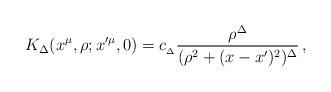
LaTeX: \begin{align*}K_{\Delta} (x^\mu, \rho; x^{\prime\mu},0) = c_{_{\Delta}} {\rho^{\Delta} \over (\rho^2 + (x-x^{\prime})^2)^{\Delta}} \, , \end{align*}